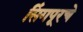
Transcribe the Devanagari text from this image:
सिंगपूरचे